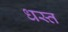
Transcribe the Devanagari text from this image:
धस्त